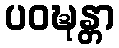
ပဝဍ္ဎန္တာ